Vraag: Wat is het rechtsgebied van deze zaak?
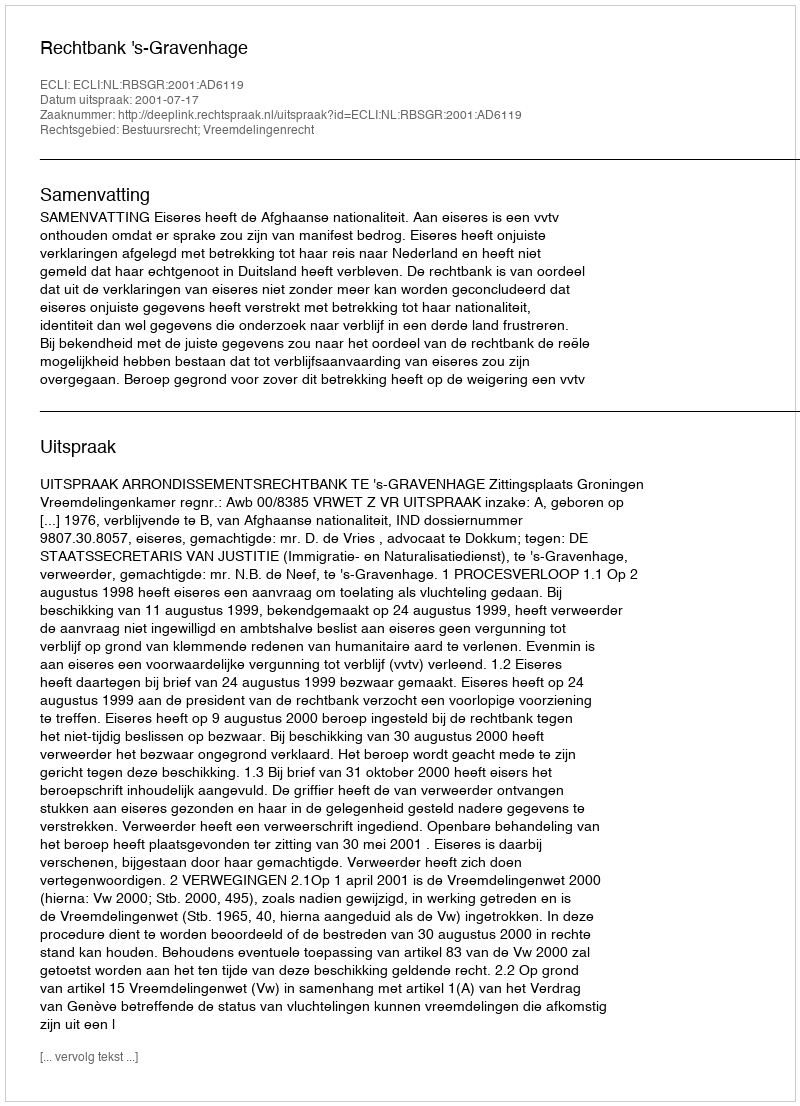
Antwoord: Bestuursrecht; Vreemdelingenrecht